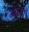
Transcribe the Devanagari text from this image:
आरनी